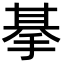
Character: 𢮜